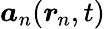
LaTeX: \boldsymbol{a}_{n}(\boldsymbol{r}_{\! \; \! n},t)